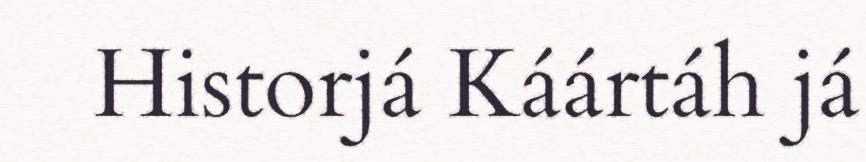
Historjá Káártáh já